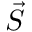
\vec { S }